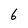
Character: 6